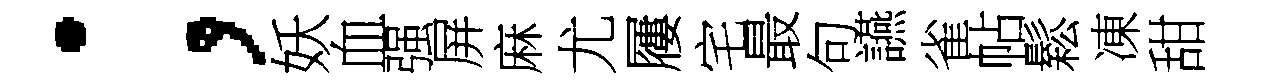
；妖血强屏麻尤屨宅最句讌雀帖鬆凍甜